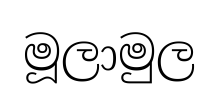
මූලාමුල